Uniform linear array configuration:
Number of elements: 12
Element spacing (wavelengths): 0.25
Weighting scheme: hamming
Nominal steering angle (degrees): -60
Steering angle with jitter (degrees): -60.032
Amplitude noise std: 0.05
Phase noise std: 0.05

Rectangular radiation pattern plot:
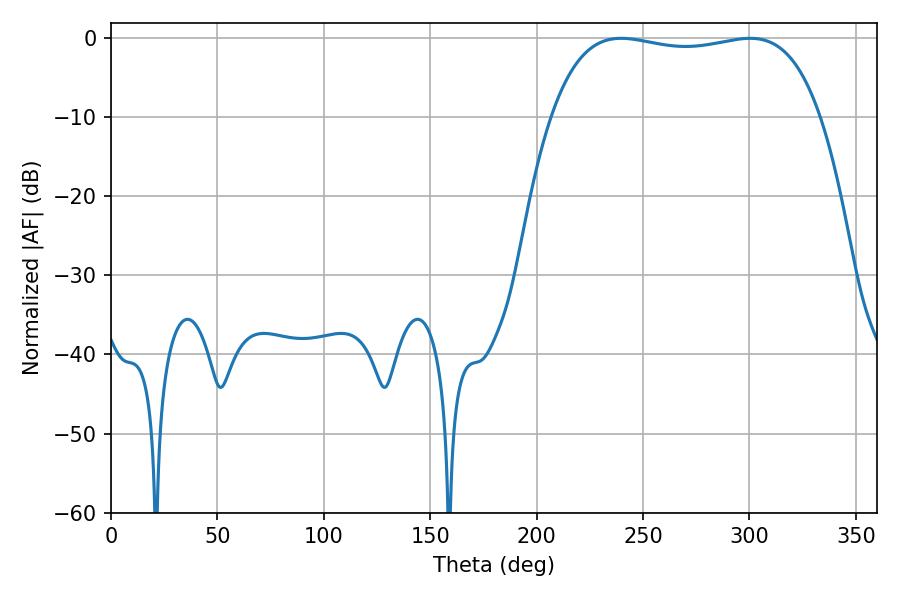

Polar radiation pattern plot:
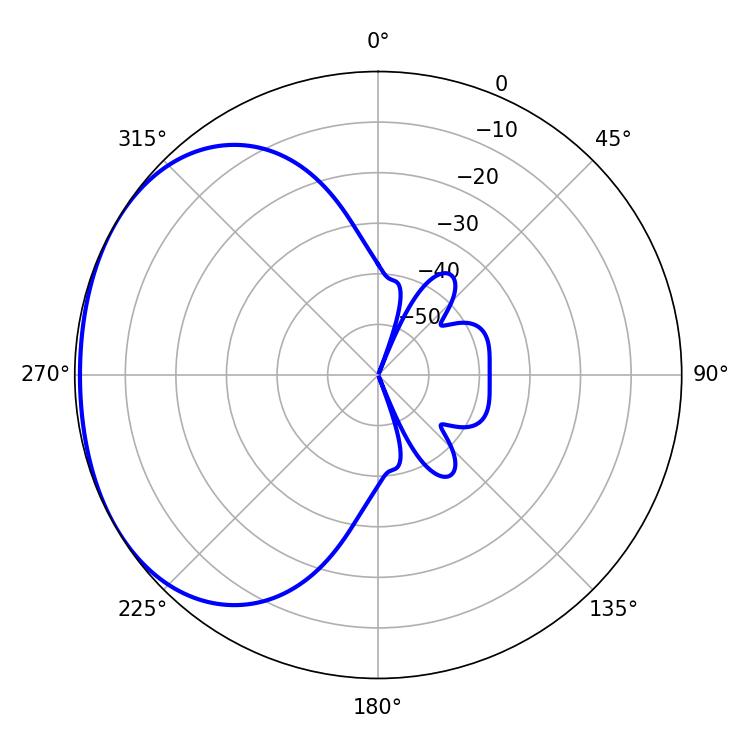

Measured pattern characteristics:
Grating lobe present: FALSE
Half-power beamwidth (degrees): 101.52
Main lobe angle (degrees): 239.76